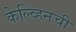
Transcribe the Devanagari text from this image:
केल्व्हिनची